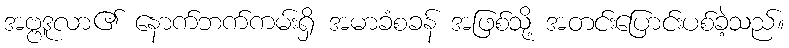
အဗ္ဗဒူလာ၏ နောက်ဘက်ကမ်းရှိ အမာခံစခန် အဖြစ်သို့ အတင်းပြောင်းပစ်ခဲ့သည်။